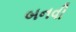
બનવી